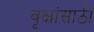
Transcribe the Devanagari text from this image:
वृक्षांसाठी